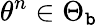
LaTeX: \theta^{n}\in\Theta_{\mathtt{b}}